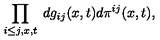
\prod _ { i \leq j , x , t } \: d g _ { i j } ( x , t ) d \pi ^ { i j } ( x , t ) ,